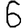
Digit: 6